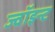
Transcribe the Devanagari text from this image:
ज्वॉइन्ट